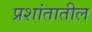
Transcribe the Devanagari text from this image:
प्रशांतातील